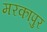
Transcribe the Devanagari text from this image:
मरकापुर